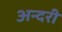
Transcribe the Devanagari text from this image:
अन्दरी